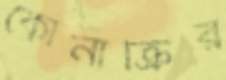
কোনাক্রির